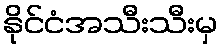
နိုင်ငံအသီးသီးမှ